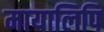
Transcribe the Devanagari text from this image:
मायालिपि